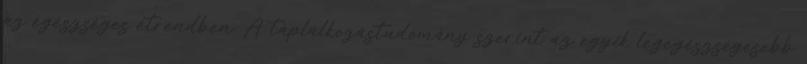
az egészséges étrendben. A táplálkozástudomány szerint az egyik legegészségesebb